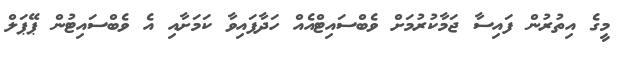
މީގެ އިތުރުން ފައިސާ ޖަމާކުރުމަށް ވެބްސައިޓްއެއް ހަދާފައިވާ ކަމަށާއި އެ ވެބްސައިޓުން ޕޭޕަލް